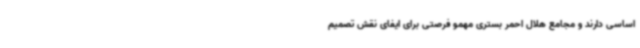
اساسی دارند و مجامع هلال احمر بستری مهمو فرصتی برای ایفای نقش تصمیم